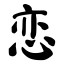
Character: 恋